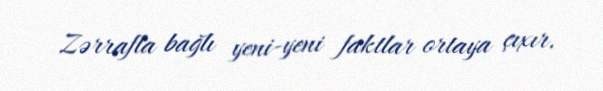
Zərrafla bağlı yeni-yeni faktlar ortaya çıxır.